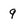
Character: q